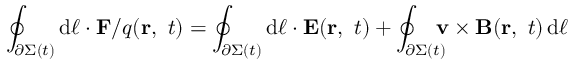
\oint _ { \partial \Sigma ( t ) } \mathrm { d } { \boldsymbol { \ell } } \cdot \mathbf { F } / q ( \mathbf { r } , \ t ) = \oint _ { \partial \Sigma ( t ) } \mathrm { d } { \boldsymbol { \ell } } \cdot \mathbf { E } ( \mathbf { r } , \ t ) + \oint _ { \partial \Sigma ( t ) } \! \! \! \! \mathbf { v } \times \mathbf { B } ( \mathbf { r } , \ t ) \, \mathrm { d } { \boldsymbol { \ell } }